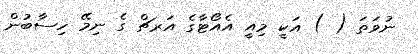
ނުވަތަ ( ) އަކީ މިއީ އެއޯޓާގެ އަރޗް ގެ ނިމޭ ހިސާބުން